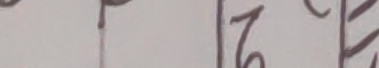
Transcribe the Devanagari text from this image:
२७